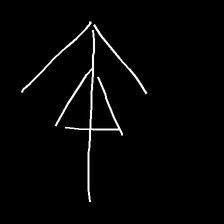
Glyph: pull